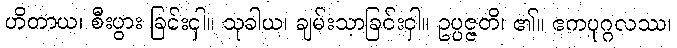
ဟိတာယ၊ စီးပွား ခြင်းငှါ။ သုခါယ၊ ချမ်းသာခြင်းငှါ။ ဥပ္ပဇ္ဇတိ၊ ၏။ ဧကပုဂ္ဂလဿ၊